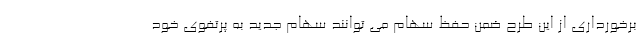
برخورداری از این طرح ضمن حفظ سهام می توانند سهام جدید به پرتفوی خود